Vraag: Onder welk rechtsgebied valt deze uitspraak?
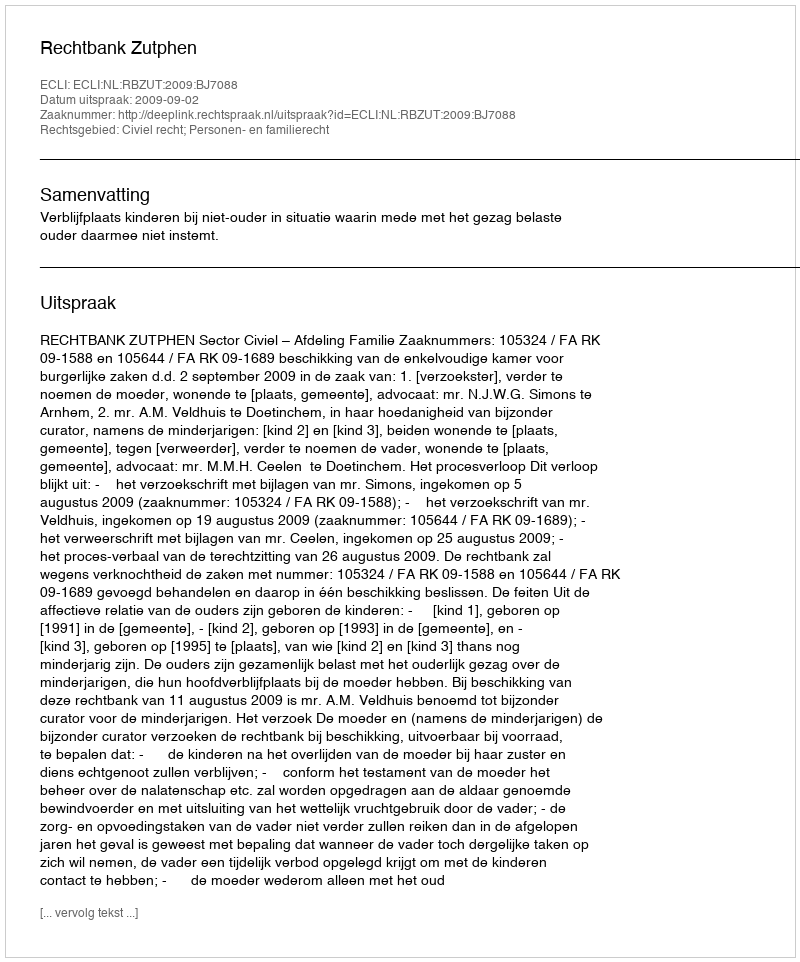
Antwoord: Civiel recht; Personen- en familierecht